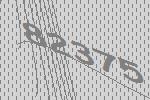
82375